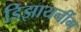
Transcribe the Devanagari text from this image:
डिझायनींग